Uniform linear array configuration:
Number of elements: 24
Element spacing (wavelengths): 1
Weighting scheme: binomial
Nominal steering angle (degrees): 15
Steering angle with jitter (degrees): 14.029
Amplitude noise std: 0.05
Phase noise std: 0.05

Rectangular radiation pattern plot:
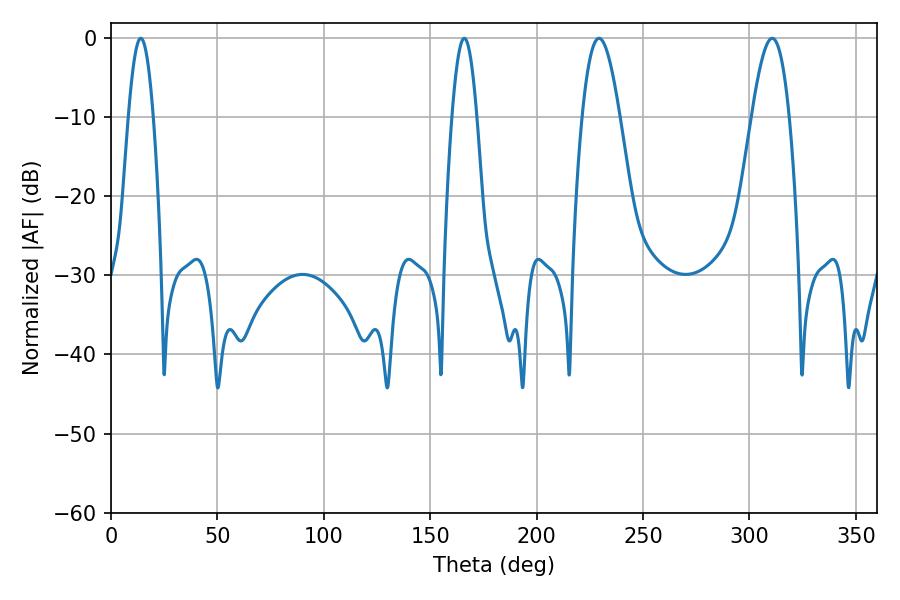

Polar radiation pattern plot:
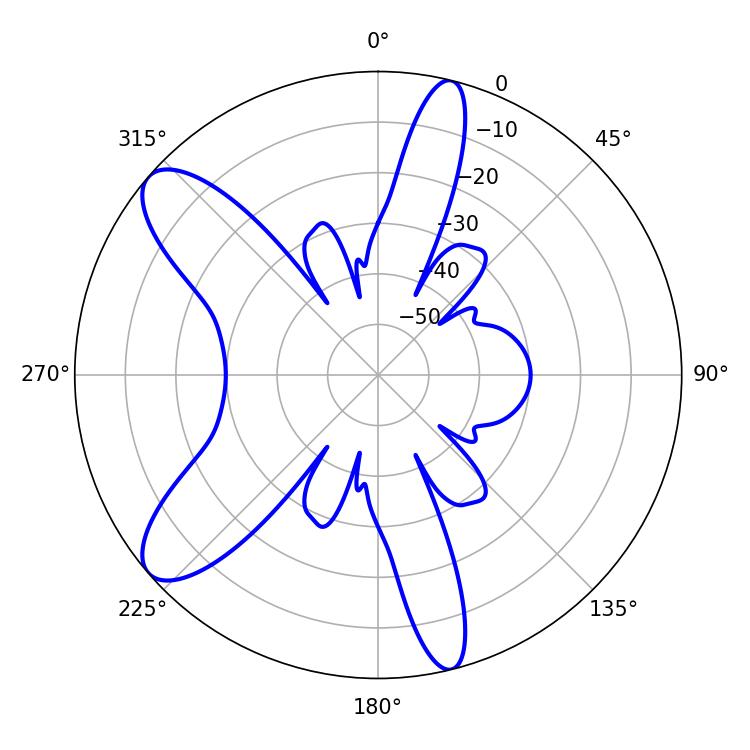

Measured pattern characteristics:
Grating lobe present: TRUE
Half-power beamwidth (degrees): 9.54
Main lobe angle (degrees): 229.32